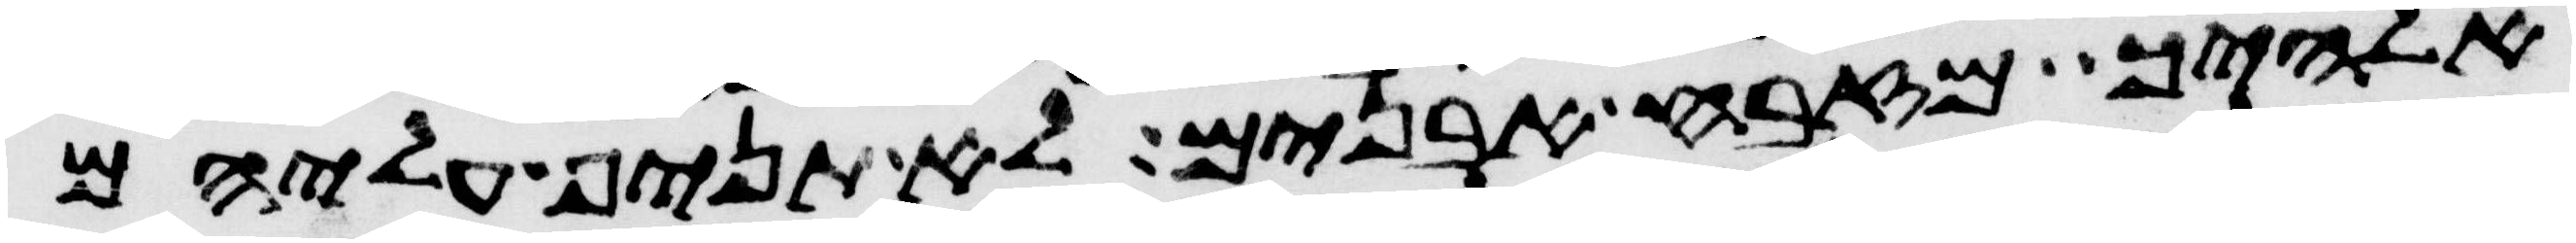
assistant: אלהיך מזבח אבנים לא תניף עליהם